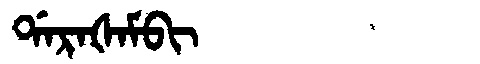
Manchu: ᡩᠠᡵᠠᡧᠠᠮᠪᡳ
Romanization: DARAŠAMBI